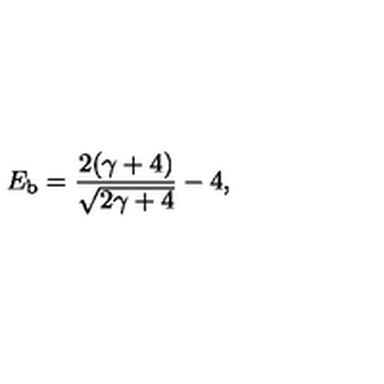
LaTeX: E _ { \mathrm { b } } = { \frac { 2 ( \gamma + 4 ) } { \sqrt { 2 \gamma + 4 } } } - 4 ,